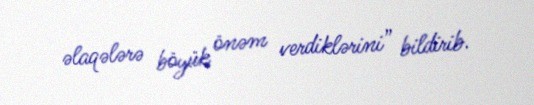
əlaqələrə böyük önəm verdiklərini” bildirib.